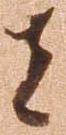
者